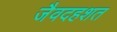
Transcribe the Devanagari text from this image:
जैवदहशत